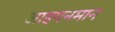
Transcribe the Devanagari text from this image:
आइगनमान